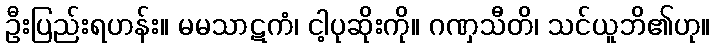
ဦးပြည်းရဟန်း။ မမသာဋကံ၊ ငါ့ပုဆိုးကို။ ဂဏှသီတိ၊ သင်ယူဘိ၏ဟု။